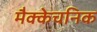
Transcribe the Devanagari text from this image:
मैक्केचनिक